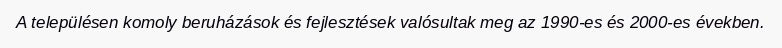
A településen komoly beruházások és fejlesztések valósultak meg az 1990-es és 2000-es években.